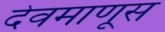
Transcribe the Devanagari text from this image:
देवमाणूस